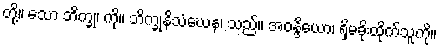
တို့။ သော ဘိက္ခု၊ ကို။ ဘိက္ခုနိသံဃေန၊ သည်။ အဝန္ဒိယော၊ ရှိမခိုးထိုက်သူကို။